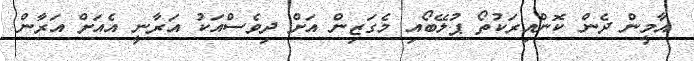
އާމީން ދެން ކޮންއިރަކުތޯ ޕުލޭބޯއި މެގަޒިން އަށް ދިވެސްއަކު އަރާނީ އެއަށް އަރާން